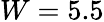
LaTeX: W=5.5